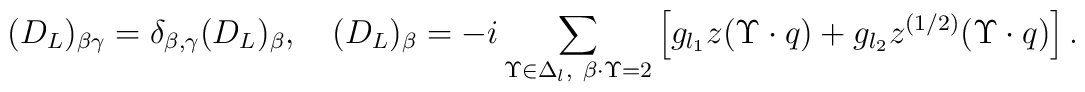
(D_L)_{\beta \gamma}= \delta_{\beta,   \gamma}(D_L)_{\beta},\quad    (D_L)_{\beta}=-i\sum_{\Upsilon\in\Delta_l,\    \beta\cdot\Upsilon=2}\left[g_{l_1}z(\Upsilon\cdot q)    +g_{l_2}z^{(1/2)}(\Upsilon\cdot q)\right].